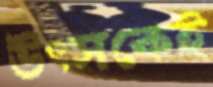
উৎসকেই